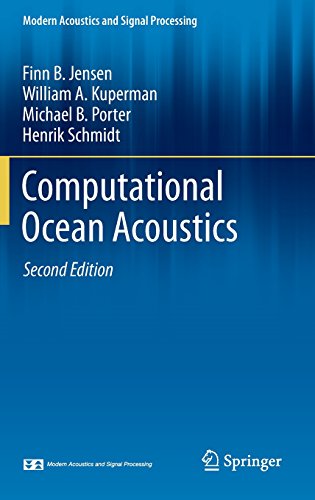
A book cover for Computational Ocean Acoustics (Modern Acoustics and Signal Processing); Finn B. Jensen; Computers & Technology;